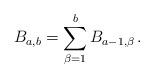
LaTeX: \begin{align*}B_{a,b} = \sum_{\beta=1}^b B_{a-1,\beta}\,.\end{align*}